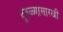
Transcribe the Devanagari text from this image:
दुबळ्यासारखी